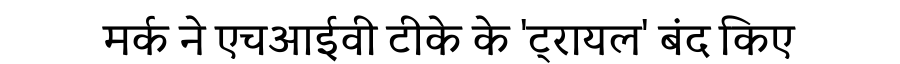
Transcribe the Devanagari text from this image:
मर्क ने एचआईवी टीके के 'ट्रायल' बंद किए